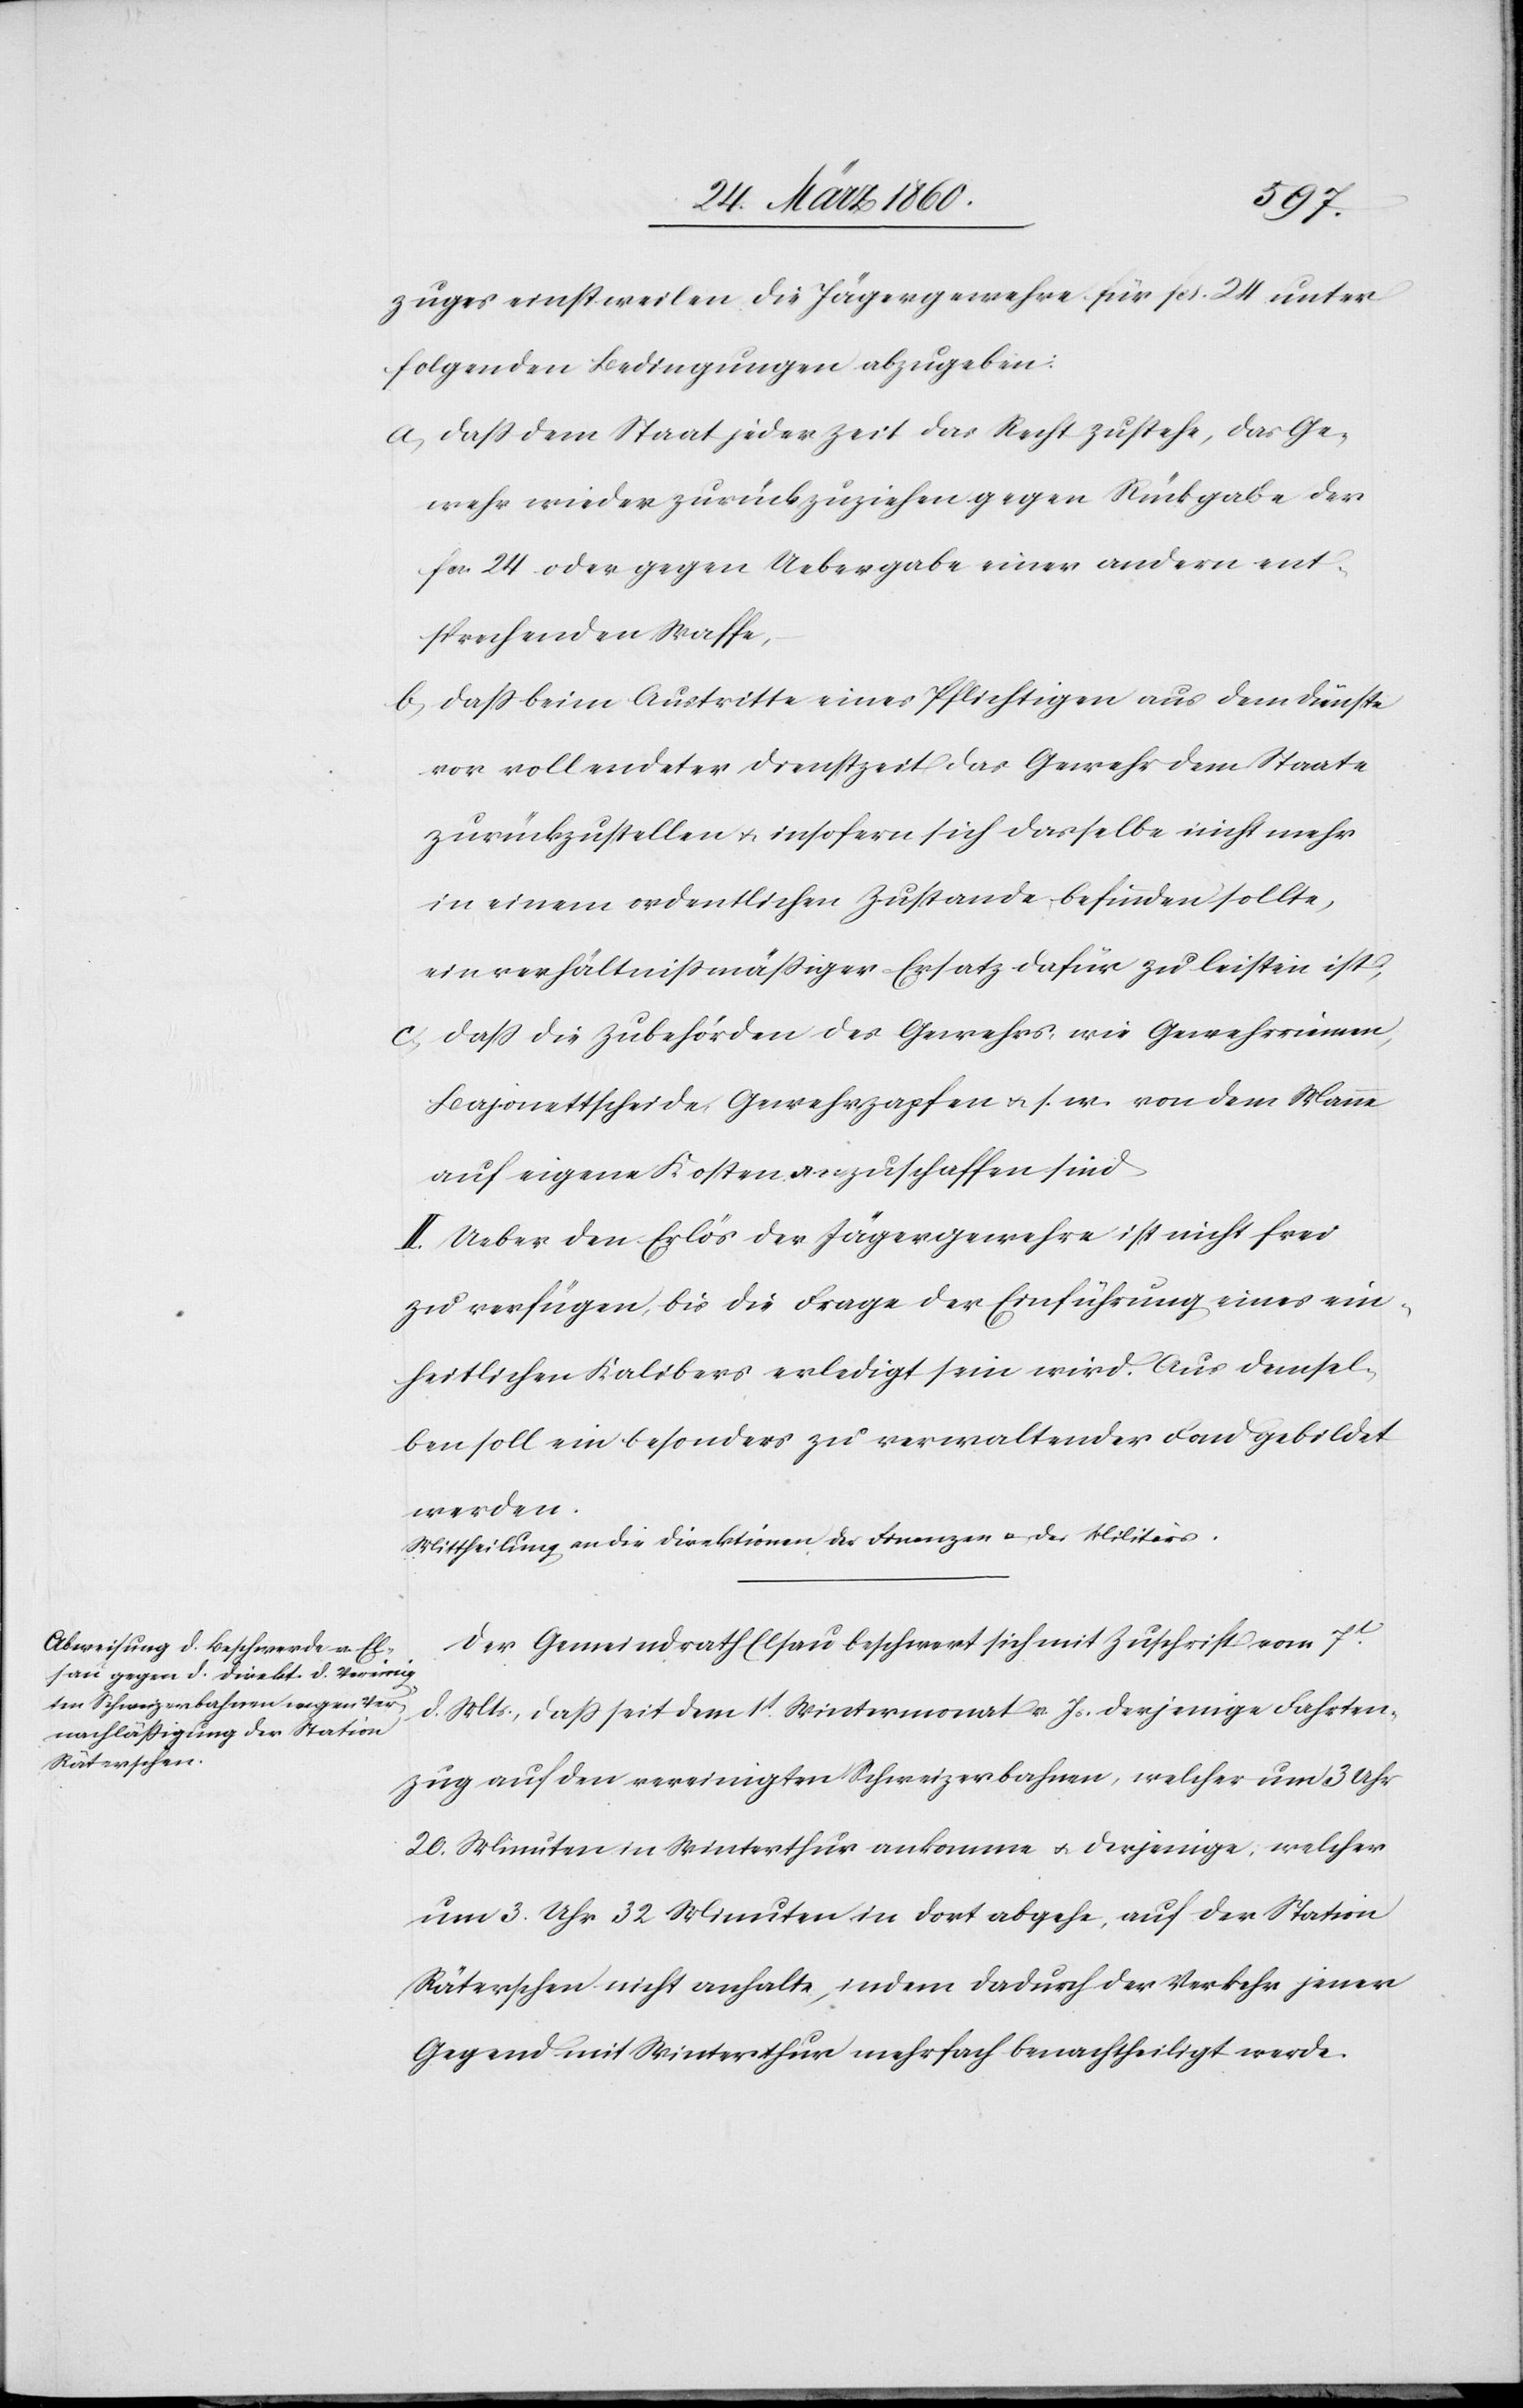
zuges einstweilen die Jägergewehre für fcs. 24 unter
folgenden Bedingungen abzugeben:
a. Dass dem Staat jeder Zeit das Recht zustehe, das Ge¬
wehr wieder zurückzuziehen gegen Rückgabe der
fcs. 24 oder gegen Uebergabe einer andern ent¬
sprechenden Waffe;
b. Dass beim Austritte eines Pflichtigen aus dem Dienste
vor vollendeter Dienstzeit das Gewehr dem Staate
zurückzustellen u. insofern sich dasselbe nicht mehr
in einem ordentlichen Zustande befinden sollte,
ein verhältnissmässiger Ersatz dafür zu leisten ist;
c. Dass die Zubehörden des Gewehres wie Gewehrriemen,
Bajonettscheide, Gewehrzapfen u. s. w. von dem Manne
auf eigene Kosten anzuschaffen sind.
II. Ueber den Erlös der Jägergewehre ist nicht frei
zu verfügen, bis die Frage der Einführung eines ein¬
heitlichen Kalibers erledigt sein wird. Aus demsel¬
ben soll ein besonders zu verwaltender Fond gebildet
werden.
Mittheilung an die Direktion der Finanzen u. des Militärs.
Der Gemeindrath Elsau beschwert sich mit Zuschrift vom 7t
d. Mts., dass seit dem 1t Wintermonat v. Js. derjenige Fahrten¬
zug auf den vereinigten Schweizerbahnen, welcher um 13 Uhr
20. Minuten in Winterthur ankomme u. derjenige, welcher
um 3. Uhr 32 Minuten in dort abgehe, auf der Station
Räterschen nicht anhalte, indem dadurch der Verkehr jener
Gegend mit Winterthur mehrfach benachtheiligt werde.